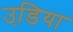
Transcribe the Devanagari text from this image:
उडि़या